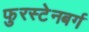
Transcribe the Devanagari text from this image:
फुरस्टेनबर्ग